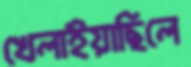
খেলাইয়াছিলে